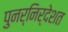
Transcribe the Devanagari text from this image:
पुनर्निर्देशत